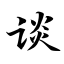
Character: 谈